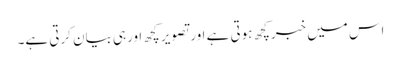
اس میں خبرکچھ ہوتی ہے اورتصویر کچھ اورہی بیان کرتی ہے۔